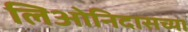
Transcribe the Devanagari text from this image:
लिओनिदासच्या